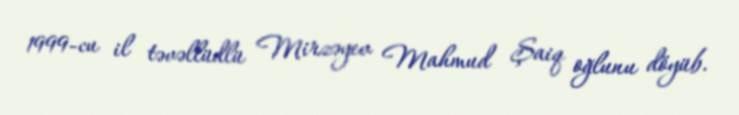
1999-cu il təvəllüdlü Mirzəyev Mahmud Şaiq oğlunu döyüb.